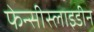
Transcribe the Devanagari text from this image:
फेन्सीस्लाइडीन